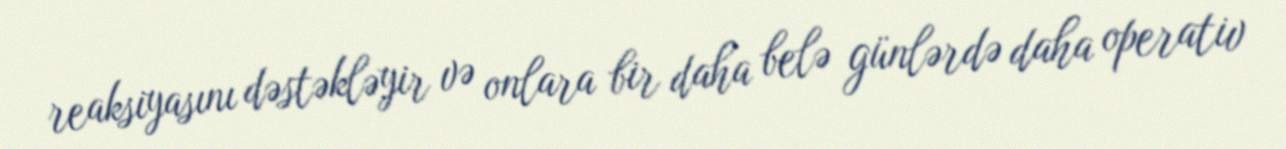
reaksiyasını dəstəkləyir və onlara bir daha belə günlərdə daha operativ